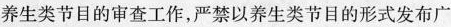
养生类节目的审查工作，严禁以养生类节目的形式发布广